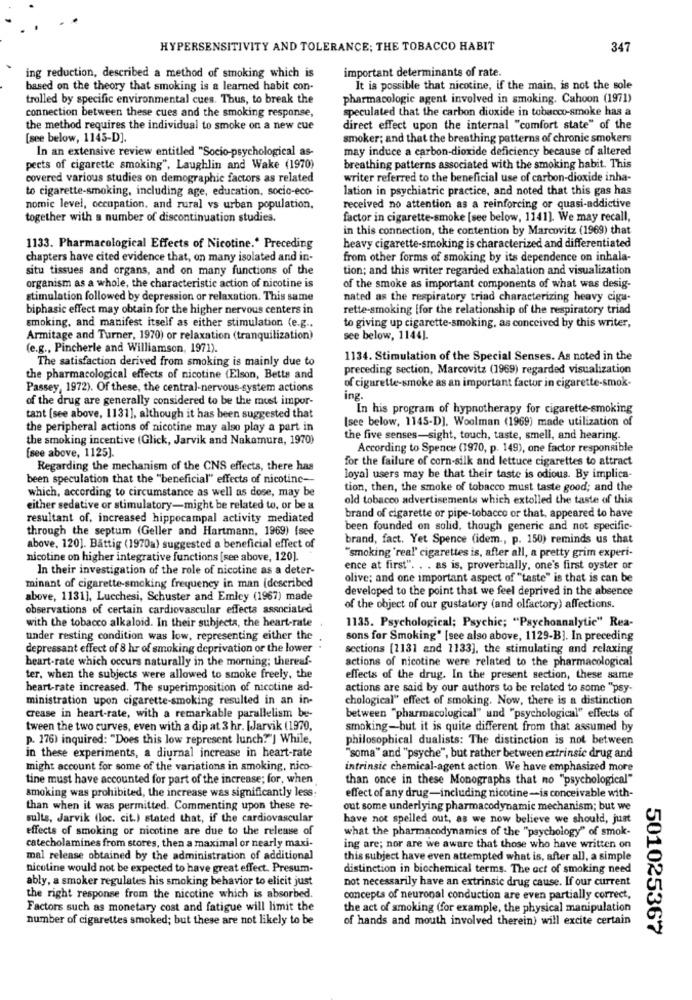
HYPERSENSITIVITY AND TOLERANCE; THE TOBACCO HABIT
347
ing reduction, described a method of smoking which is
important determinants of rate.
based on the theory that smoking is a learned habit con-
It is possible that nicotine, if the main, is not the sole
trolled by specific environmental cues. Thus, to break the
pharmacologic agent involved in smoking. Cahoon (1971)
connection between these cues and the smoking response,
speculated that the carbon dioxide in tobacco-smoke has a
the method requires the individual to smoke on a new cue
direct effect upon the internal "comfort state" of the
[see below, 1145-D].
smoker; and that the breathing patterns of chronic smokers
In an extensive review entitled "Socio-psychological as-
may induce a carbon-dioxide deficiency because of altered
pects of cigarette smoking", Laughlin and Wake (1970)
breathing patterns associated with the smoking habit. This
covered various studies on demographic factors as related
writer referred to the beneficial use of carbon-dioxide inha-
to cigarette-smoking, including age, education, socio-eco-
lation in psychiatric practice, and noted that this gas has
nomic level, occupation, and rural vs urban population.
received no attention as a reinforcing or quasi-addictive
together with a number of discontinuation studies.
factor in cigarette-smoke [see below, 1141). We may recall,
in this connection, the contention by Marcovitz (1969) that
1133. Pharmacological Effects of Nicotine .* Preceding
heavy cigarette-smoking is characterized and differentiated
chapters have cited evidence that, on many isolated and in-
from other forms of smoking by its dependence on inhala-
situ tissues and organs, and on many functions of the
tion; and this writer regarded exhalation and visualization
organism as a whole, the characteristic action of nicotine is
of the smoke as important components of what was desig-
stimulation followed by depression or relaxation. This same
nated as the respiratory triad characterizing heavy cigu-
biphasic effect may obtain for the higher nervous centers in
rette-smoking [for the relationship of the respiratory triad
to giving up cigarette-smoking, as conceived by this writer,
smoking, and manifest itself as either stimulation (e.g ..
Armitage and Turner, 1970) or relaxation (tranquilization)
see below, 1144].
(e.g ., Pincherle and Williamson, 1971).
The satisfaction derived from smoking is mainly due to
1134. Stimulation of the Special Senses. As noted in the
preceding section, Marcovitz (1969) regarded visualization
the pharmacological effects of nicotine (Elson, Betts and
Passey, 1972). Of these, the central-nervous-system actions
of cigarette-smoke as an important factor in cigarette-smok-
of the drug are generally considered to be the most impor-
ing.
In his program of hypnotherapy for cigarette-smoking
tant [see above, 1131], although it has been suggested that
[see below, 1145-D]. Woolman (1969) made utilization of
the peripheral actions of nicotine may also play a part in
the smoking incentive (Glick, Jarvik and Nakamura, 1970)
the five senses-sight, touch, taste, smell, and hearing.
According to Spence (1970, p. 149), one factor responsible
[see above, 1125].
for the failure of corn-silk and lettuce cigarettes to attract
Regarding the mechanism of the CNS effects, there has
been speculation that the "beneficial" effects of nicotine-
loyal users may be that their taste is odious. By implica-
which, according to circumstance as well as dose, may be
tion, then, the smoke of tobacco must taste good; and the
old tobacco advertisements which extolled the taste of this
either sedative or stimulatory-might be related to, or be a
resultant of, increased hippocampal activity mediated
brand of cigarette or pipe-tobacco or that, appeared to have
through the septum (Geller and Hartmann, 1969) [see
been founded on solid, though generic and not specific-
brand, fact. Yet Spence (idem ., p. 150) reminds us that
above. 120]. Battig (1970a) suggested a beneficial effect of
nicotine on higher integrative functions [see above, 120].
"smoking 'real' cigarettes is, after all, a pretty grim experi-
In their investigation of the role of nicotine as a deter-
ence at first". . . as is, proverbially, one's first oyster or
olive; and one important aspect of "taste" is that is can be
minant of cigarette-smoking frequency in man (described
developed to the point that we feel deprived in the absence
above, 1131], Lucchesi, Schuster and Emley (1967) made
observations of certain cardiovascular effects associated
of the object of our gustatory (and olfactory) affections.
with the tobacco alkaloid. In their subjecta, the heart-rate
1135. Psychological; Psychic; "Psychoanalytic" Rea-
under resting condition was low, representing either the
sons for Smoking" [see also above, 1129-B]. In preceding
depressant effect of 8 hr of smoking deprivation or the lower
sections [1131 and 1133], the stimulating and relaxing
heart-rate which occurs naturally in the morning; thereaf-
actions of nicotine were related to the pharmacological
ter, when the subjects were allowed to smoke freely, the
effects of the drug. In the present section, these same
heart-rate increased. The superimposition of nicotine ad-
actions are said by our authors to be related to some "psy-
ministration upon cigarette-smoking resulted in an in-
chological" effect of smoking. Now, there is a distinction
crease in heart-rate, with a remarkable parallelism be-
between "pharmacological" and "psychological" effects of
tween the two curves, even with a dip at 3 hr. [Jarvik (1970,
smoking-but it is quite different from that assumed by
p. 176) inquired: "Does this low represent lunch?"] While,
philosophical dualists: The distinction is not between
in these experiments, a diurnal increase in heart-rate
"soma" and "psyche", but rather between extrinsic drug and
might account for some of the variations in smoking, nico-
intrinsic chemical-agent action. We have emphasized more
tine must have accounted for part of the increase; for, when
than once in these Monographs that no "psychological"
smoking was prohibited, the increase was significantly less:
effect of any drug-including nicotine-is conceivable with-
than when it was permitted. Commenting upon these re-
out some underlying pharmacodynamic mechanism; but we
sults, Jarvik (loc. cit.) stated that, if the cardiovascular
have not spelled out, as we now believe we should, just
effects of smoking or nicotine are due to the release of
what the pharmacodynamics of the "psychology" of smok-
catecholamines from stores, then a maximal or nearly maxi-
ing are; nor are we aware that those who have written on
mal release obtained by the administration of additional
this subject have even attempted what is, after all, a simple
nicotine would not be expected to have great effect. Presum-
distinction in biochemical terms. The act of smoking need
ably, a smoker regulates his smoking behavior to elicit just
not necessarily have an extrinsic drug cause. If our current
the right response from the nicotine which is absorbed.
concepts of neuronal conduction are even partially correct,
Factors such as monetary cost and fatigue will limit the
the act of smoking (for example, the physical manipulation
number of cigarettes smoked; but these are not likely to be
of hands and mouth involved therein) will excite certain
501025367